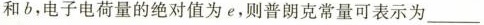
和b，电子电荷量的绝对值为e，则普朗克常量可表示为___